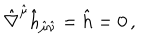
\hat { \nabla } ^ { \hat { \mu } } \hat { h } _ { \hat { \mu } \hat { \nu } } = \hat { h } = 0 \, ,